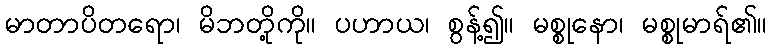
မာတာပိတရော၊ မိဘတို့ကို။ ပဟာယ၊ စွန့်၍။ မစ္စုနော၊ မစ္စုမာရ်၏။